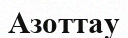
Азоттау